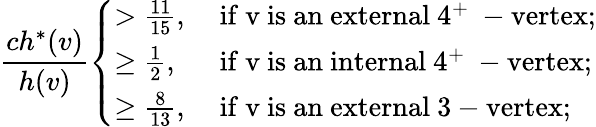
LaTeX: \frac{ch^{*}(v)}{h(v)}\left\{ \begin{array}{ll}{>\frac{11}{15},}&{\mathrm{~if~v~is~an~external~4^+~-vertex};}\\ {\geq\frac{1}{2},}&{\mathrm{~if~v~is~an~internal~4^+~-vertex};}\\ {\geq\frac{8}{13},}&{\mathrm{~if~v~is~an~external~3-vertex};}\end{array}\right.